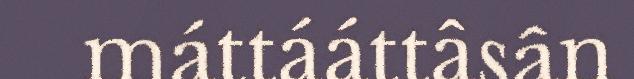
máttááttâsân